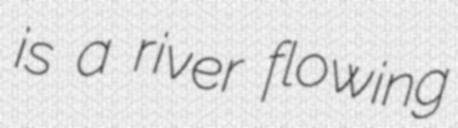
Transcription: is a river flowing